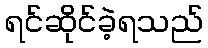
ရင်ဆိုင်ခဲ့ရသည်